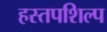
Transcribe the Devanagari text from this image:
हस्तपशिल्प